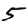
Digit: 5